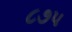
૮૭૫